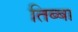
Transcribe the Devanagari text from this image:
तिब्बा